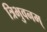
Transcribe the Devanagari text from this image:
त्रिभुवनम्